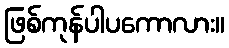
ဖြစ်ကုန်ပါပကောလား။